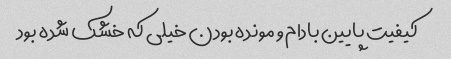
کیفیت پایین بادام و مونده بودن خیلی که خشک شده بود